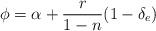
LaTeX: \begin{align*} \phi=\alpha+\frac{r}{1-n}(1-\delta_e)\end{align*}